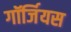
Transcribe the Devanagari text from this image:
गॉर्जियस